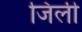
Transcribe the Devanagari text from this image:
जिली